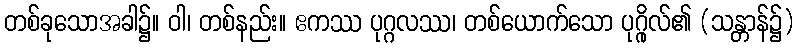
တစ်ခုသောအခါ၌။ ဝါ၊ တစ်နည်း။ ဧကဿ ပုဂ္ဂလဿ၊ တစ်ယောက်သော ပုဂ္ဂိုလ်၏ (သန္တာန်၌)